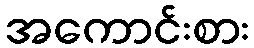
အကောင်းစား